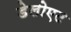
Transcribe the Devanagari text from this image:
डेलोएट